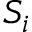
S _ { i }